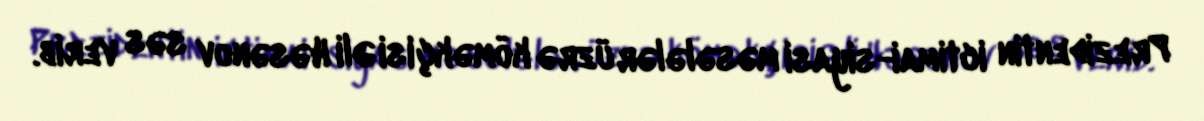
Prezidentin ictimai-siyasi məsələlər üzrə köməkçisi Əli Həsənov səs verib.